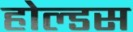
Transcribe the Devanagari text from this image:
होल्डस